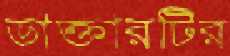
ডাক্তারটির